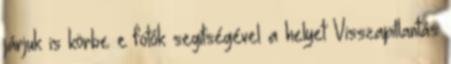
járjuk is körbe e fotók segítségével a helyet Visszapillantás